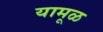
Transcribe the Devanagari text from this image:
यामूळ